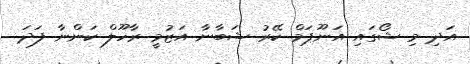
އަދި މި ޝޯގައި އަނޫޕަމް ކޭރު ޝަބާނާ އަޒުމީ ރާހޫލް ކަންނާ ފަދަ